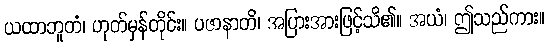
ယထာဘူတံ၊ ဟုတ်မှန်တိုင်း။ ပဇာနာတိ၊ အပြားအားဖြင့်သိ၏။ အယံ၊ ဤသည်ကား။